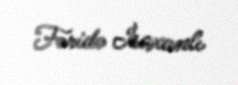
Fəridə İsaxanlı